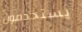
يستخدمون